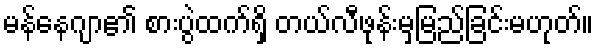
မန်နေဂျာ၏ စားပွဲထက်ရှိ တယ်လီဖုန်းမှမြည်ခြင်းမဟုတ်။